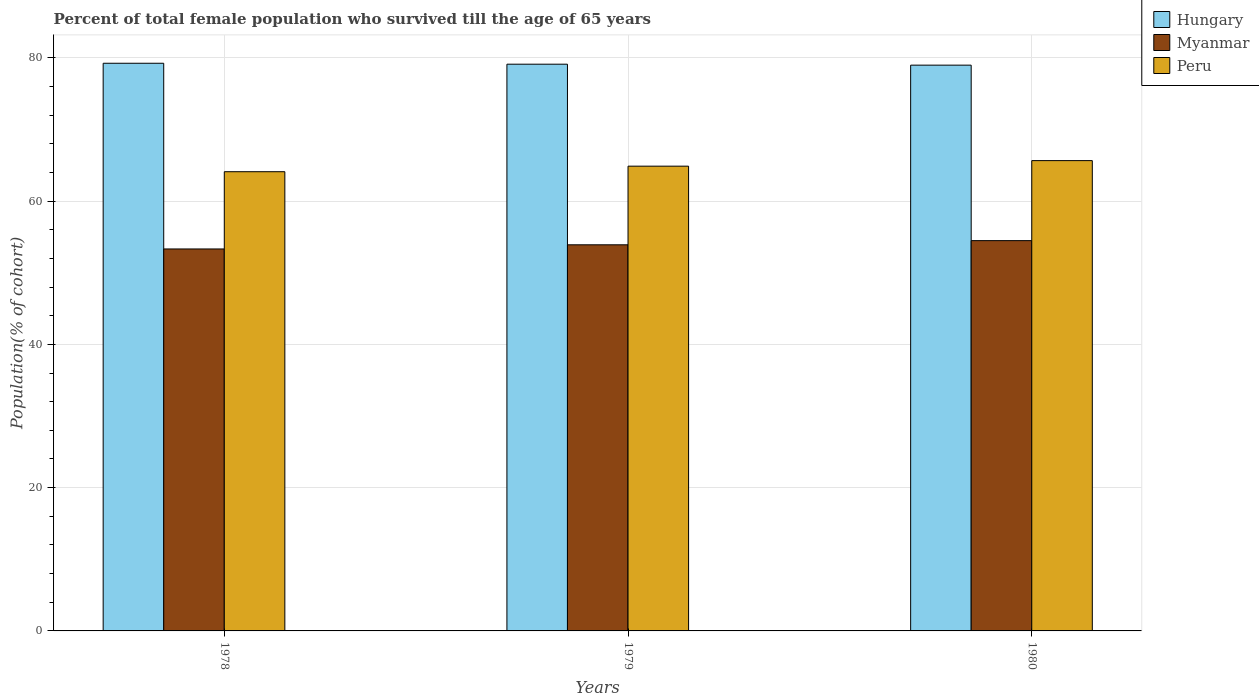
| Years | Hungary | Myanmar | Peru |
 | --- | --- | --- | --- |
 | 1978 | 79.2 | 53.3 | 64.1 |
 | 1979 | 79.1 | 53.9 | 64.9 |
 | 1980 | 79 | 54.5 | 65.6 |